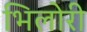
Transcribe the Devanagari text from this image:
भिलोरी